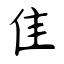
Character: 隹